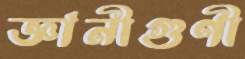
জ্ঞানীগুণী